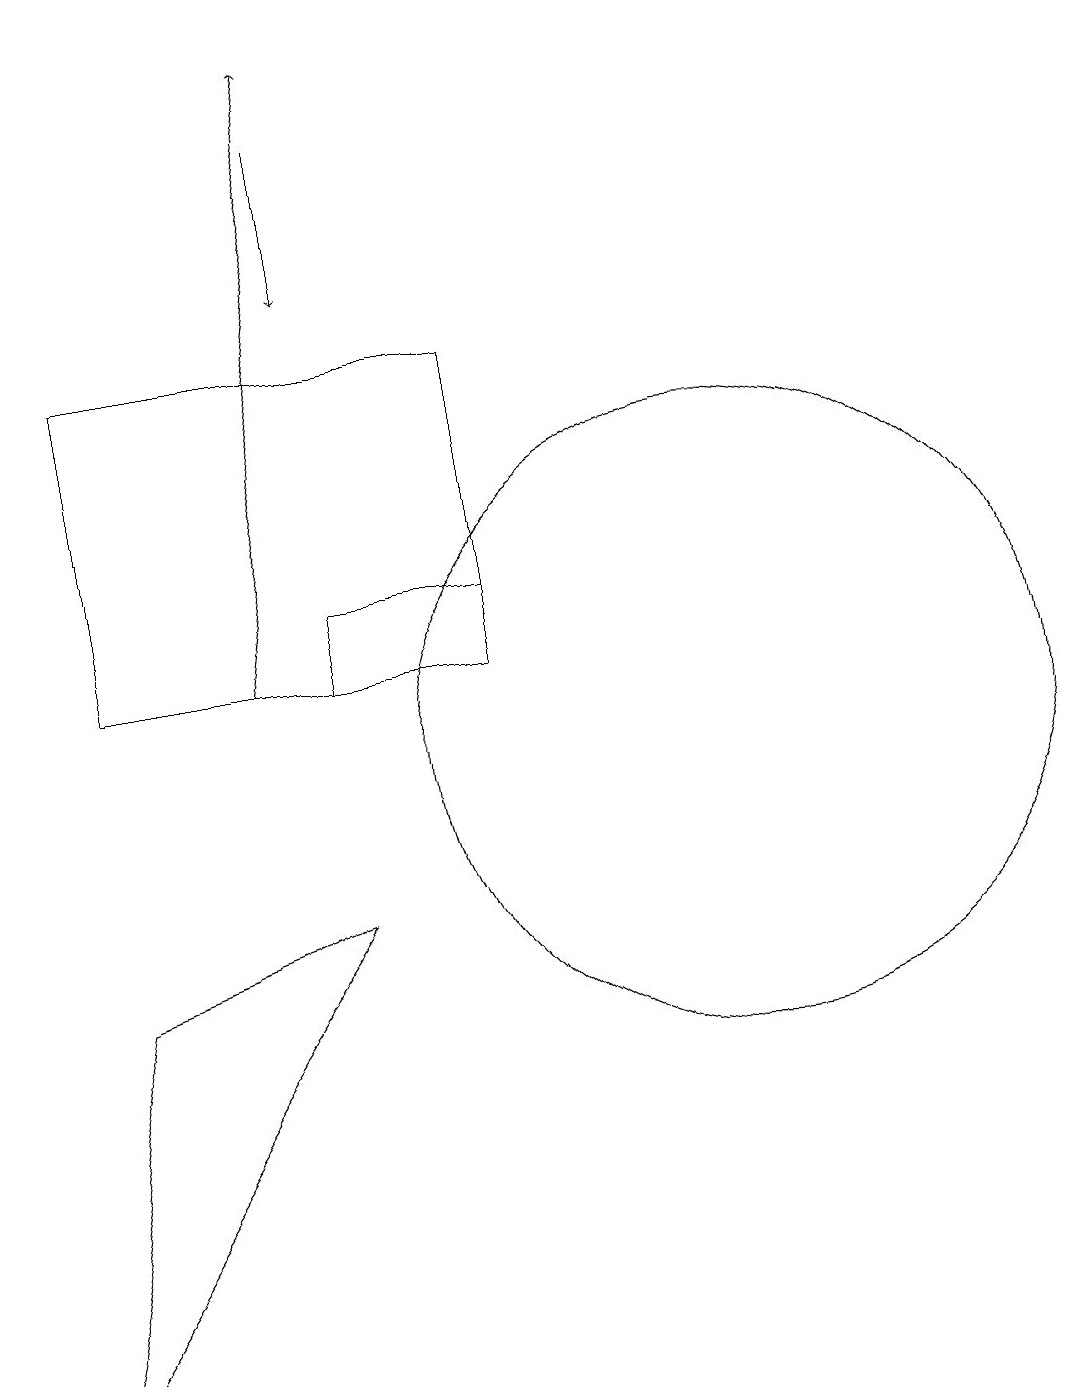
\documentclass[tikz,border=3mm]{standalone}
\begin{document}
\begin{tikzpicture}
\draw (5,8) -- (1,2) -- (2,7) -- cycle;
\draw (10,10) circle (4);
\draw (7,15) rectangle (2,11);
\draw[->] (4,11) -- (5,19);
\draw (5,11) rectangle (7,12);
\draw[->] (5,18) -- (5,16);
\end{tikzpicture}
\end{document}